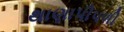
થાણાપીપળી